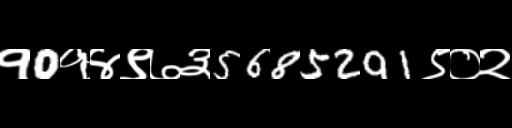
Text: १0१४९७३5685291९०२